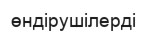
өндірушілерді